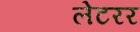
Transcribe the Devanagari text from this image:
लेटरर